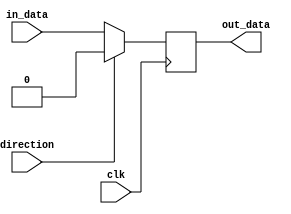
module io_compensated_buffer (
    input wire in_data,
    output reg out_data,
    input wire direction,
    input wire clk
);

always @(posedge clk) begin
    if (direction == 1'b0) begin // input to output
        out_data <= in_data;
    end else begin // output to input
        out_data <= 1'b0;
    end
end

endmodule